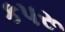
કપરૂ